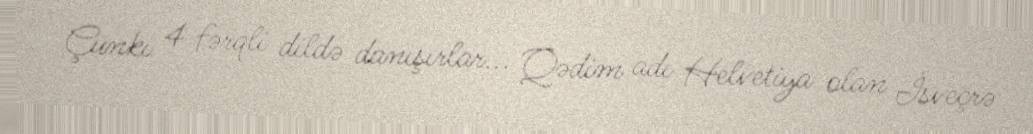
Çünki 4 fərqli dildə danışırlar... Qədim adı Helvetiya olan İsveçrə